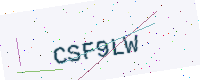
Text: CSF9LW